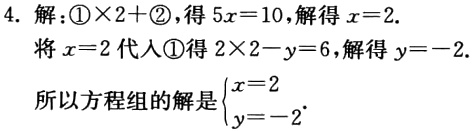
4. 解：\textcircled{1}$\times2 +$\textcircled{2}，得$5x = 10$，解得$x = 2$.

将$x = 2$代入\textcircled{1}得$2\times2 - y = 6$，解得$y = - 2$.

所以方程组的解是$\begin{cases}x = 2\\y = - 2\end{cases}$.